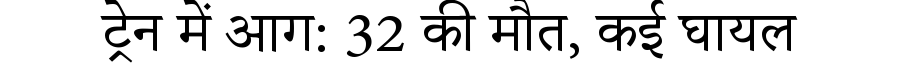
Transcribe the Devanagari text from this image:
ट्रेन में आग: 32 की मौत, कई घायल